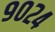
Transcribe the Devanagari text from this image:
९०२४